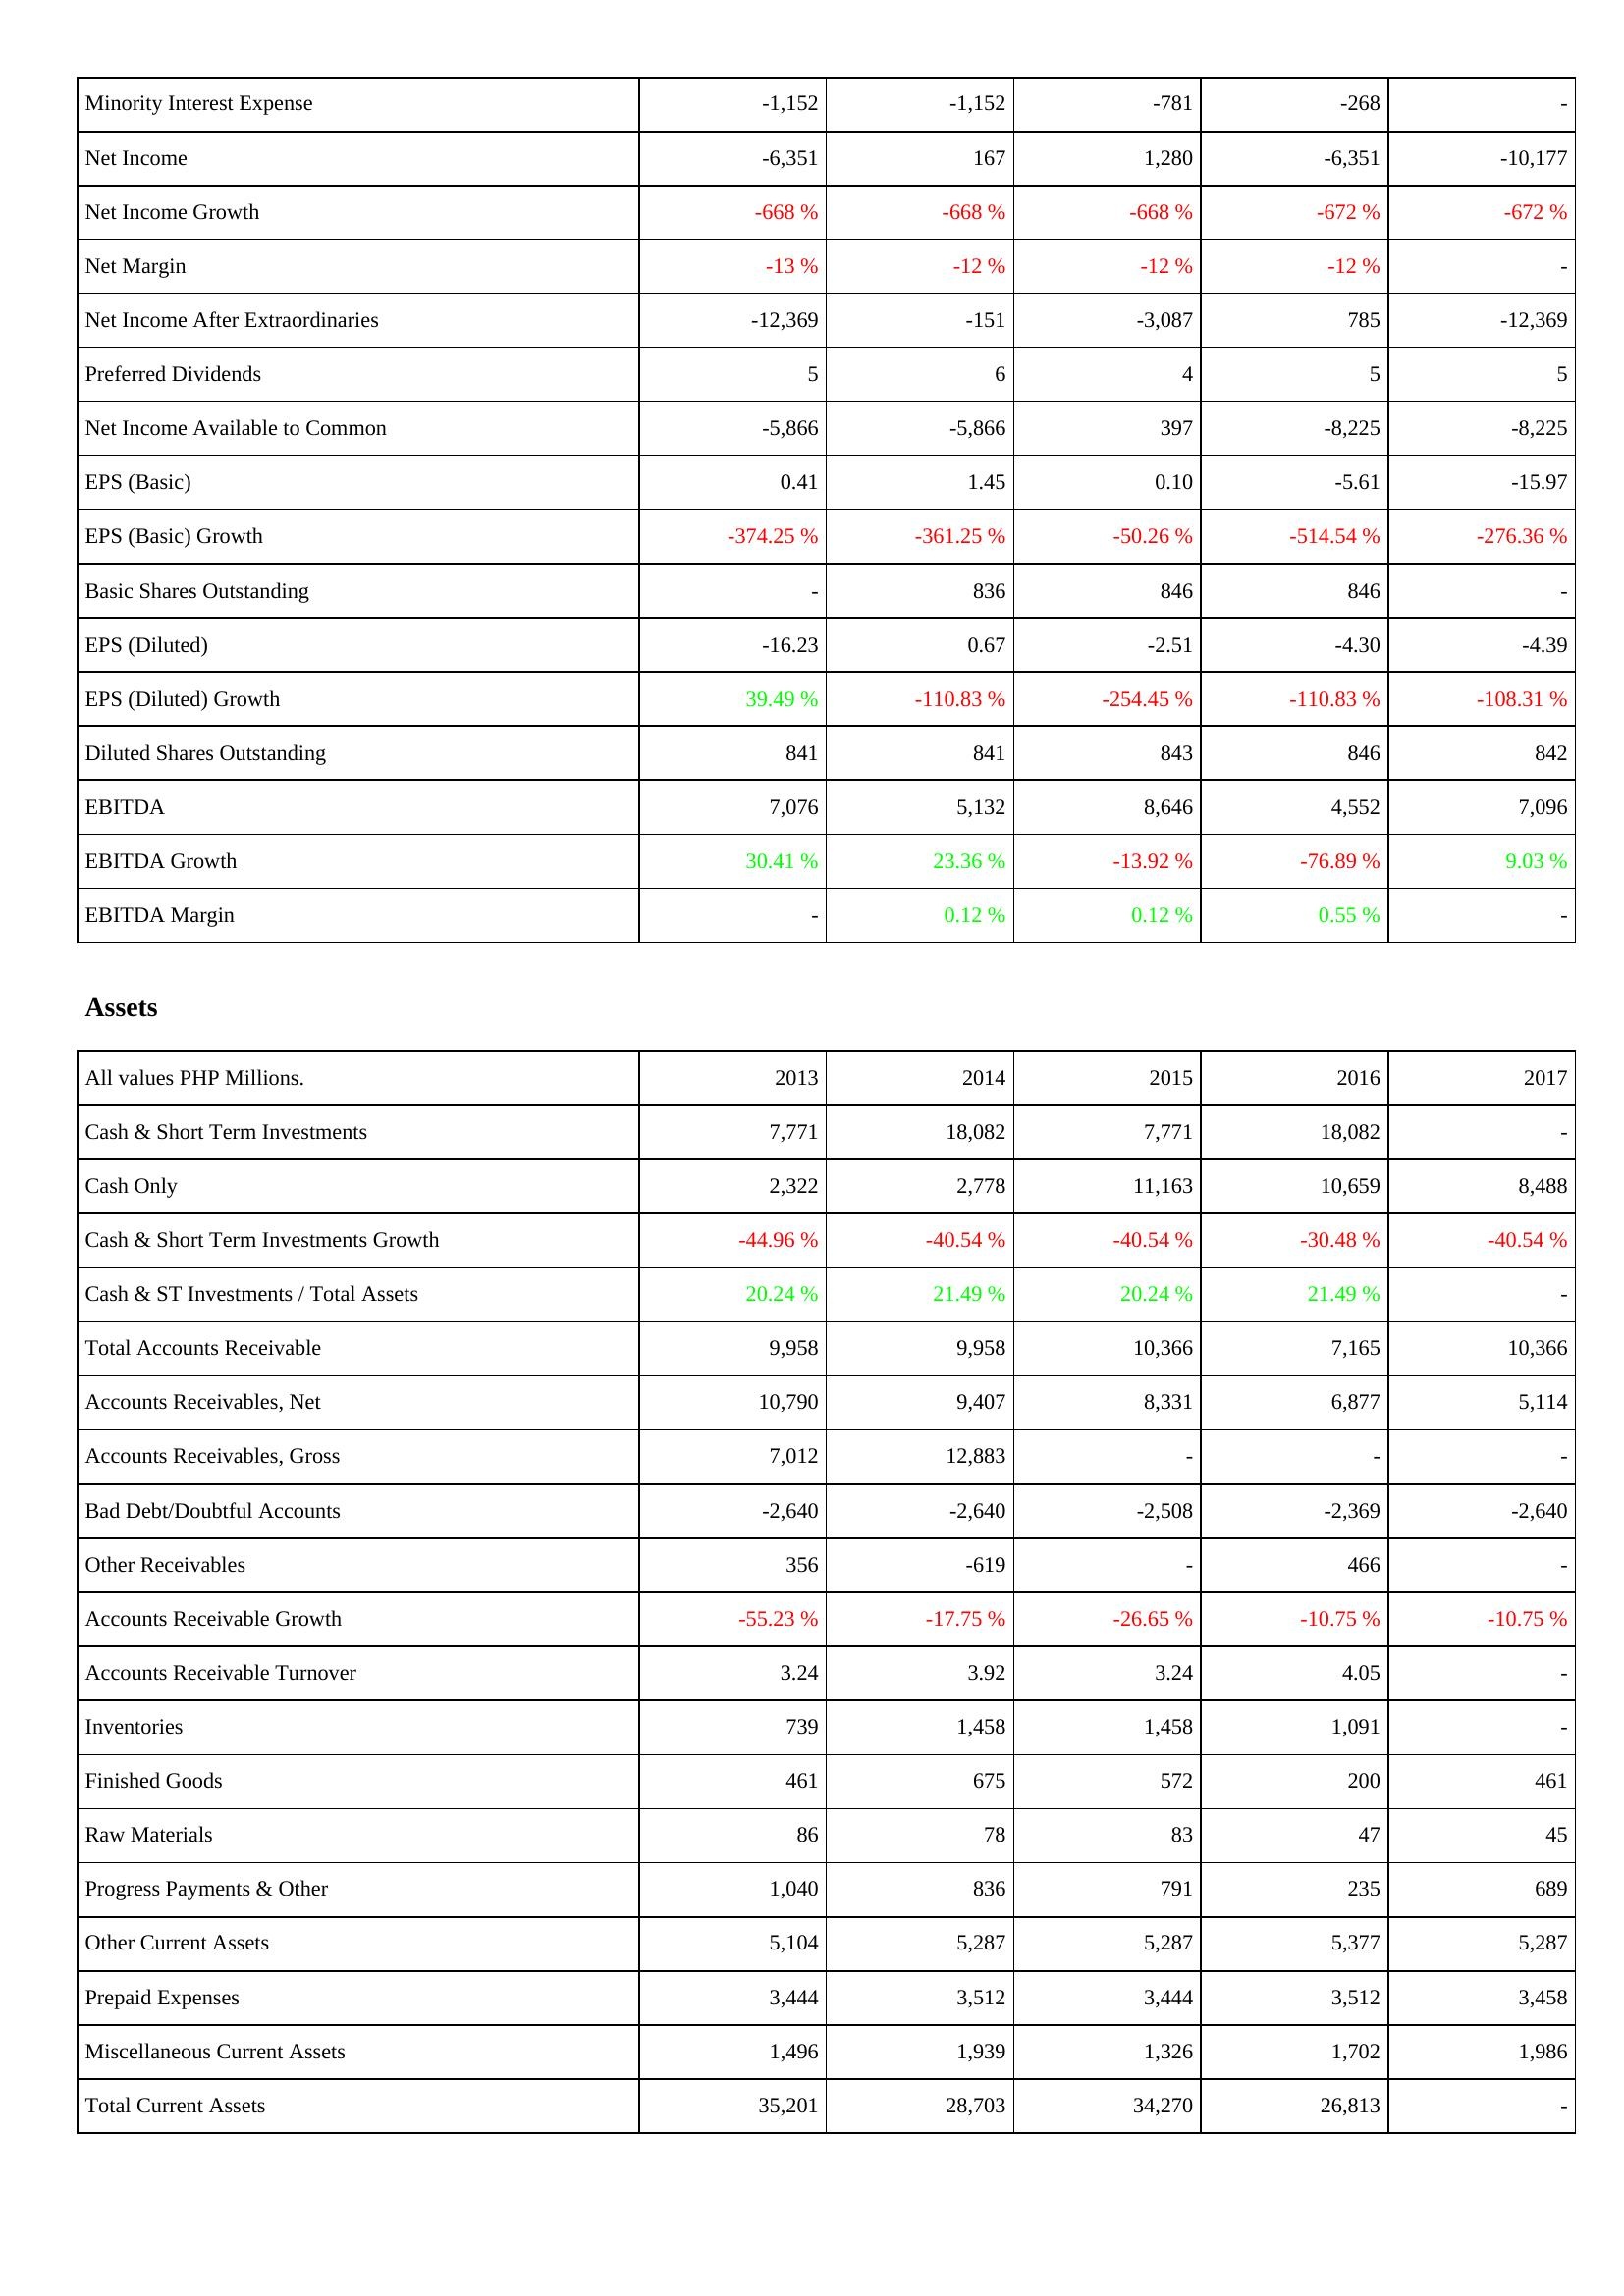
2013: Income Statement: Minority Interest Expense: -1,152
Net Income: -6,351
Net Income Growth: -668 %
Net Margin: -13 %
Net Income After Extraordinaries: -12,369
Preferred Dividends: 5
Net Income Available to Common: -5,866
EPS (Basic): 0.41
EPS (Basic) Growth: -374.25 %
Basic Shares Outstanding: -
EPS (Diluted): -16.23
EPS (Diluted) Growth: 39.49 %
Diluted Shares Outstanding: 841
EBITDA: 7,076
EBITDA Growth: 30.41 %
EBITDA Margin: -
Assets: Cash & Short Term Investments: 7,771
Cash Only: 2,322
Cash & Short Term Investments Growth: -44.96 %
Cash & ST Investments / Total Assets: 20.24 %
Total Accounts Receivable: 9,958
Accounts Receivables, Net: 10,790
Accounts Receivables, Gross: 7,012
Bad Debt/Doubtful Accounts: -2,640
Other Receivables: 356
Accounts Receivable Growth: -55.23 %
Accounts Receivable Turnover: 3.24
Inventories: 739
Finished Goods: 461
Raw Materials: 86
Progress Payments & Other: 1,040
Other Current Assets: 5,104
Prepaid Expenses: 3,444
Miscellaneous Current Assets: 1,496
Total Current Assets: 35,201
2014: Income Statement: Minority Interest Expense: -1,152
Net Income: 167
Net Income Growth: -668 %
Net Margin: -12 %
Net Income After Extraordinaries: -151
Preferred Dividends: 6
Net Income Available to Common: -5,866
EPS (Basic): 1.45
EPS (Basic) Growth: -361.25 %
Basic Shares Outstanding: 836
EPS (Diluted): 0.67
EPS (Diluted) Growth: -110.83 %
Diluted Shares Outstanding: 841
EBITDA: 5,132
EBITDA Growth: 23.36 %
EBITDA Margin: 0.12 %
Assets: Cash & Short Term Investments: 18,082
Cash Only: 2,778
Cash & Short Term Investments Growth: -40.54 %
Cash & ST Investments / Total Assets: 21.49 %
Total Accounts Receivable: 9,958
Accounts Receivables, Net: 9,407
Accounts Receivables, Gross: 12,883
Bad Debt/Doubtful Accounts: -2,640
Other Receivables: -619
Accounts Receivable Growth: -17.75 %
Accounts Receivable Turnover: 3.92
Inventories: 1,458
Finished Goods: 675
Raw Materials: 78
Progress Payments & Other: 836
Other Current Assets: 5,287
Prepaid Expenses: 3,512
Miscellaneous Current Assets: 1,939
Total Current Assets: 28,703
2015: Income Statement: Minority Interest Expense: -781
Net Income: 1,280
Net Income Growth: -668 %
Net Margin: -12 %
Net Income After Extraordinaries: -3,087
Preferred Dividends: 4
Net Income Available to Common: 397
EPS (Basic): 0.10
EPS (Basic) Growth: -50.26 %
Basic Shares Outstanding: 846
EPS (Diluted): -2.51
EPS (Diluted) Growth: -254.45 %
Diluted Shares Outstanding: 843
EBITDA: 8,646
EBITDA Growth: -13.92 %
EBITDA Margin: 0.12 %
Assets: Cash & Short Term Investments: 7,771
Cash Only: 11,163
Cash & Short Term Investments Growth: -40.54 %
Cash & ST Investments / Total Assets: 20.24 %
Total Accounts Receivable: 10,366
Accounts Receivables, Net: 8,331
Accounts Receivables, Gross: -
Bad Debt/Doubtful Accounts: -2,508
Other Receivables: -
Accounts Receivable Growth: -26.65 %
Accounts Receivable Turnover: 3.24
Inventories: 1,458
Finished Goods: 572
Raw Materials: 83
Progress Payments & Other: 791
Other Current Assets: 5,287
Prepaid Expenses: 3,444
Miscellaneous Current Assets: 1,326
Total Current Assets: 34,270
2016: Income Statement: Minority Interest Expense: -268
Net Income: -6,351
Net Income Growth: -672 %
Net Margin: -12 %
Net Income After Extraordinaries: 785
Preferred Dividends: 5
Net Income Available to Common: -8,225
EPS (Basic): -5.61
EPS (Basic) Growth: -514.54 %
Basic Shares Outstanding: 846
EPS (Diluted): -4.30
EPS (Diluted) Growth: -110.83 %
Diluted Shares Outstanding: 846
EBITDA: 4,552
EBITDA Growth: -76.89 %
EBITDA Margin: 0.55 %
Assets: Cash & Short Term Investments: 18,082
Cash Only: 10,659
Cash & Short Term Investments Growth: -30.48 %
Cash & ST Investments / Total Assets: 21.49 %
Total Accounts Receivable: 7,165
Accounts Receivables, Net: 6,877
Accounts Receivables, Gross: -
Bad Debt/Doubtful Accounts: -2,369
Other Receivables: 466
Accounts Receivable Growth: -10.75 %
Accounts Receivable Turnover: 4.05
Inventories: 1,091
Finished Goods: 200
Raw Materials: 47
Progress Payments & Other: 235
Other Current Assets: 5,377
Prepaid Expenses: 3,512
Miscellaneous Current Assets: 1,702
Total Current Assets: 26,813
2017: Income Statement: Minority Interest Expense: -
Net Income: -10,177
Net Income Growth: -672 %
Net Margin: -
Net Income After Extraordinaries: -12,369
Preferred Dividends: 5
Net Income Available to Common: -8,225
EPS (Basic): -15.97
EPS (Basic) Growth: -276.36 %
Basic Shares Outstanding: -
EPS (Diluted): -4.39
EPS (Diluted) Growth: -108.31 %
Diluted Shares Outstanding: 842
EBITDA: 7,096
EBITDA Growth: 9.03 %
EBITDA Margin: -
Assets: Cash & Short Term Investments: -
Cash Only: 8,488
Cash & Short Term Investments Growth: -40.54 %
Cash & ST Investments / Total Assets: -
Total Accounts Receivable: 10,366
Accounts Receivables, Net: 5,114
Accounts Receivables, Gross: -
Bad Debt/Doubtful Accounts: -2,640
Other Receivables: -
Accounts Receivable Growth: -10.75 %
Accounts Receivable Turnover: -
Inventories: -
Finished Goods: 461
Raw Materials: 45
Progress Payments & Other: 689
Other Current Assets: 5,287
Prepaid Expenses: 3,458
Miscellaneous Current Assets: 1,986
Total Current Assets: -